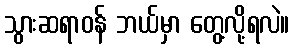
သွားဆရာဝန် ဘယ်မှာ တွေ့လို့ရလဲ။